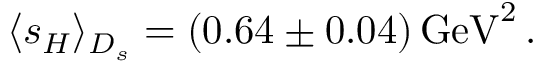
\langle s _ { H } \rangle _ { D _ { s } } = ( 0 . 6 4 \pm 0 . 0 4 ) \, \mathrm { G e V } ^ { 2 } \, .